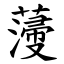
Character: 薓